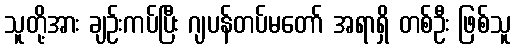
သူတို့အား ချဉ်းကပ်ပြီး ဂျပန်တပ်မတော် အရာရှိ တစ်ဦး ဖြစ်သူ